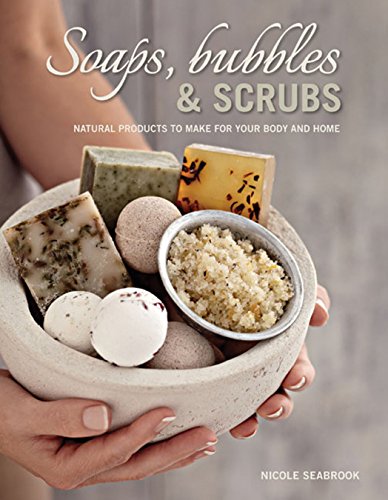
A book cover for Soaps, Bubbles & Scrubs: Natural products to make for your body and home; Nicole Seabrook; Crafts, Hobbies & Home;